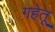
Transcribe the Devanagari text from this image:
गहेतू